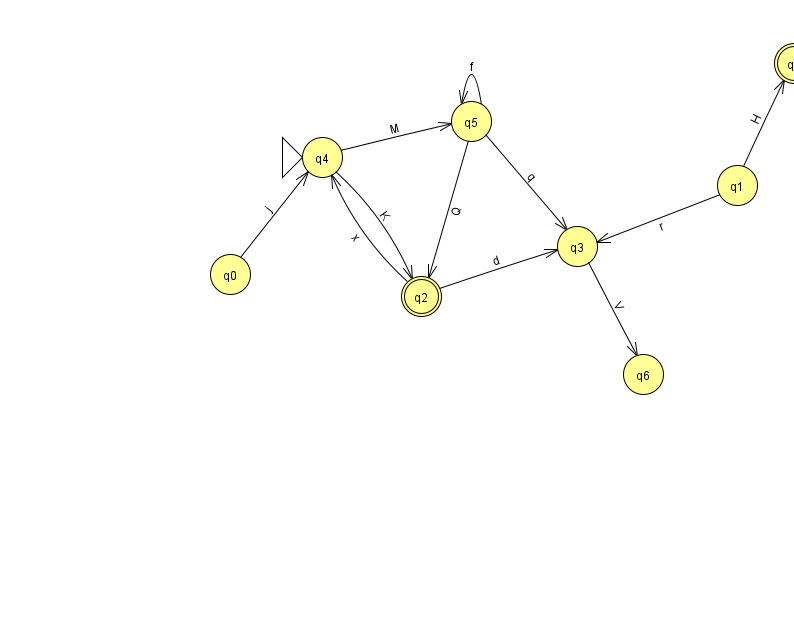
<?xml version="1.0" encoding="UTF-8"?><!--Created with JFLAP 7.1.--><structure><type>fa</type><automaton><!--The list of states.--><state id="0" name="q0"><x>230.0</x><y>261.0</y></state><state id="1" name="q1"><x>737.0</x><y>172.0</y></state><state id="2" name="q2"><x>421.0</x><y>283.0</y><final/></state><state id="3" name="q3"><x>577.0</x><y>233.0</y></state><state id="4" name="q4"><x>322.0</x><y>144.0</y><initial/></state><state id="5" name="q5"><x>471.0</x><y>108.0</y></state><state id="6" name="q6"><x>643.0</x><y>361.0</y></state><state id="7" name="q7"><x>794.0</x><y>50.0</y><final/></state><!--The list of transitions.--><transition><from>1</from><to>7</to><read>H</read></transition><transition><from>1</from><to>3</to><read>r</read></transition><transition><from>5</from><to>2</to><read>Q</read></transition><transition><from>5</from><to>5</to><read>f</read></transition><transition><from>2</from><to>4</to><read>x</read></transition><transition><from>3</from><to>6</to><read>V</read></transition><transition><from>4</from><to>5</to><read>M</read></transition><transition><from>0</from><to>4</to><read>j</read></transition><transition><from>4</from><to>2</to><read>K</read></transition><transition><from>2</from><to>3</to><read>d</read></transition><transition><from>5</from><to>3</to><read>q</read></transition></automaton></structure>